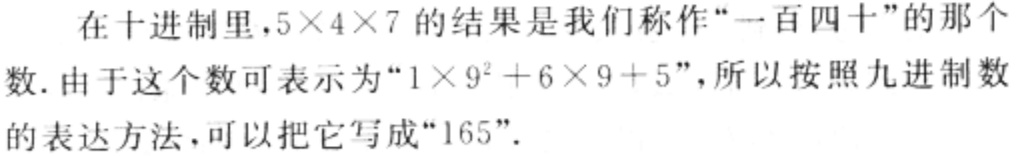
在十进制里，\(5\times4\times7\)的结果是我们称作“一百四十”的那个数. 由于这个数可表示为“\(1\times9^{2}+6\times9 + 5\)”，所以按照九进制数的表达方法，可以把它写成“\(165\)”。